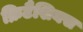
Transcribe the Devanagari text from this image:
क्रिटैशियस